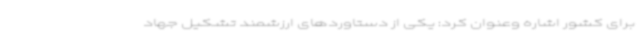
برای کشور اشاره وعنوان کرد: یکی از دستاوردهای ارزشمند تشکیل جهاد